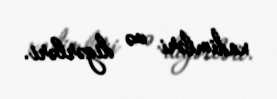
xadimləri və digərləri.